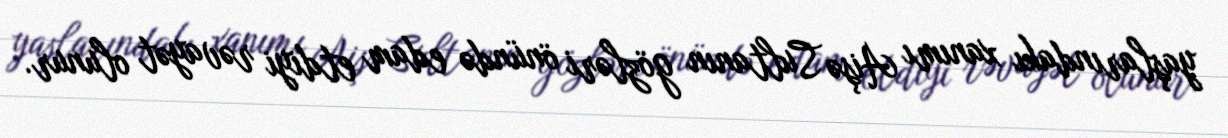
yaşlarındakı xanımı Aişə Sultanın gözləri önündə edam etdiyi rəvayət olunur.